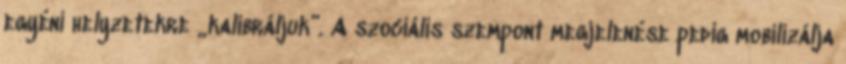
egyéni helyzetekre „kalibráljuk”. A szociális szempont megjelenése pedig mobilizálja